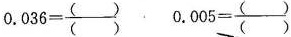
$$0.036= \frac{()}{()}$$ $$0.005= \frac{()}{()}$$